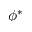
\phi ^ { * }